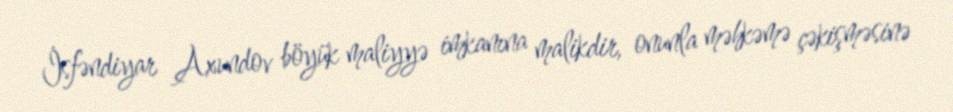
İsfəndiyar Axundov böyük maliyyə imkanına malikdir, onunla məhkəmə çəkişməsinə